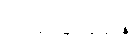
အခြေအနေ